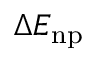
\Delta E _ { \mathrm { n p } }